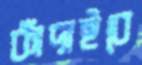
কাঁদাইবে